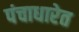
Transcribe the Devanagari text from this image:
पंचाधारेत